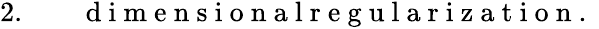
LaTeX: \begin{array}{rlr}{2.}&{{}}&{\mathrm{~d~i~m~e~n~s~i~o~n~a~l~r~e~g~u~l~a~r~i~z~a~t~i~o~n~.~}}\end{array}